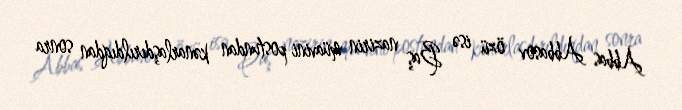
Abbas Abbasov özü isə Baş nazirin müavini postundan kənarlaşdırıldıqdan sonra